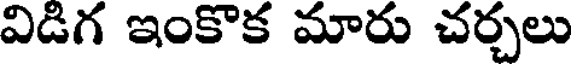
విడిగ ఇంకొక మారు చర్చలు